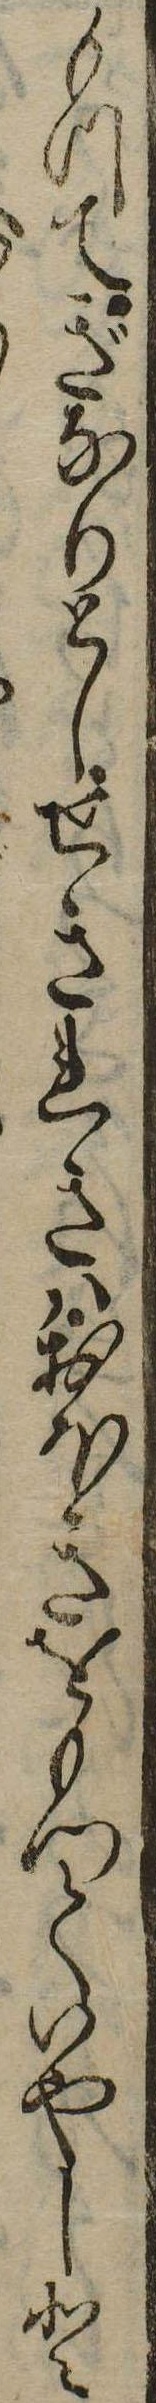
もつてぎなりとしせきれきはおほきをもつていやしと